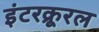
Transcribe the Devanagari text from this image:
इंटरक्रूरल